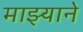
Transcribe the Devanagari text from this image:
माझ्याने